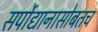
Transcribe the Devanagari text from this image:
सर्पोद्यानासोबतच